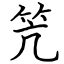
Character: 笐